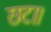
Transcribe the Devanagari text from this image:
छटा।